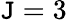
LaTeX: \mathtt{J}=3